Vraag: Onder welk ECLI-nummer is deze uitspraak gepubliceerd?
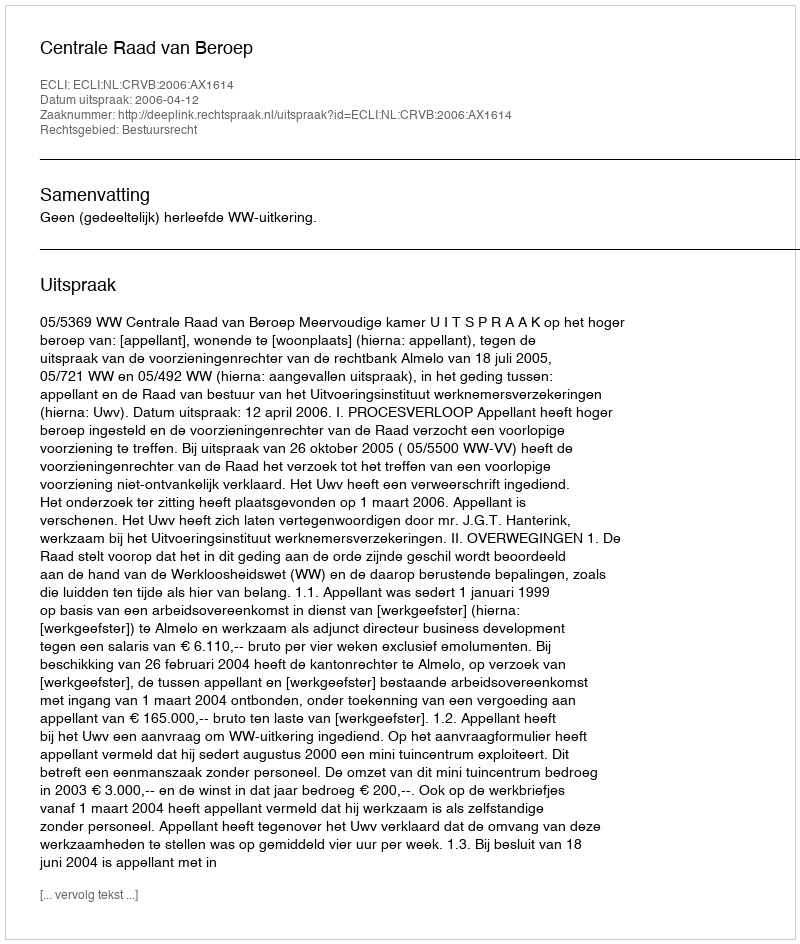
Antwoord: ECLI:NL:CRVB:2006:AX1614